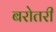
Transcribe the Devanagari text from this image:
बरोतरी